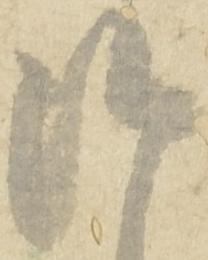
候